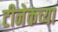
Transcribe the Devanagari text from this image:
टीनेकच्या